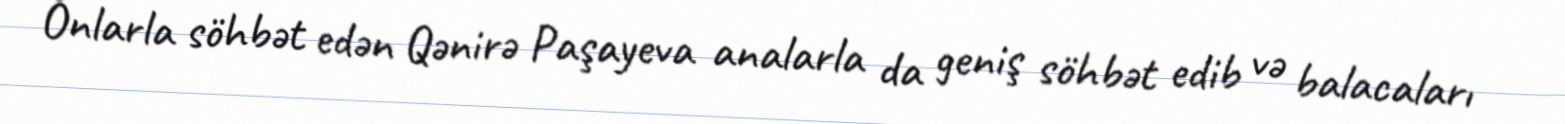
Onlarla söhbət edən Qənirə Paşayeva analarla da geniş söhbət edib və balacaları